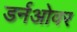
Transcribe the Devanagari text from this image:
डर्नओवर